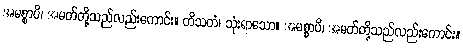
အမစ္စာပိ၊ အမတ်တို့သည်လည်းကောင်း။ တိသတံ၊ သုံးရာသော။ အမစ္စာပိ၊ အမတ်တို့သည်လည်းကောင်း။